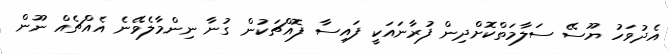
އެދުވަހު ޔޫސޭ ސަލާމަތްކޮށްދިން ފުރާނައަކީ ފައިސާ ފޮއްޗަކުން ގުނާ ނިންމާލެވޭނެ އެއްޗެއް ނޫން